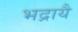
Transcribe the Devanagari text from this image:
भद्रायै